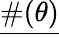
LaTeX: \underline{{\# (\theta)}}